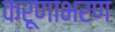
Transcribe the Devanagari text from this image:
करूणाभरण